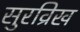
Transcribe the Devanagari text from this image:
सुरव्रिख